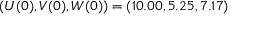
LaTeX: ( U ( 0 ) , V ( 0 ) , W ( 0 ) ) = ( 1 0 . 0 0 , 5 . 2 5 , 7 . 1 7 )